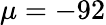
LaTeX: \mu=-92